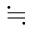
\fallingdotseq